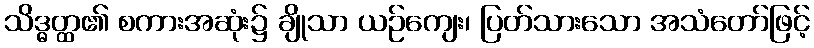
သိဒ္ဓတ္ထ၏ စကားအဆုံး၌ ချိုသာ ယဉ်ကျေး၊ ပြတ်သားသော အသံတော်ဖြင့်